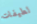
لطيفات